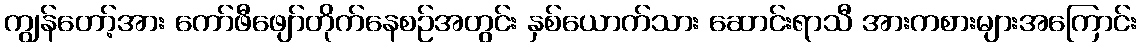
ကျွန်တော့်အား ကော်ဖီဖျော်တိုက်နေစဉ်အတွင်း နှစ်ယောက်သား ဆောင်းရာသီ အားကစားများအကြောင်း